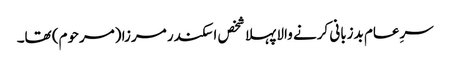
سرِعام بدزبانی کرنے والا پہلا شخص اسکندر مرزا (مرحوم) تھا۔